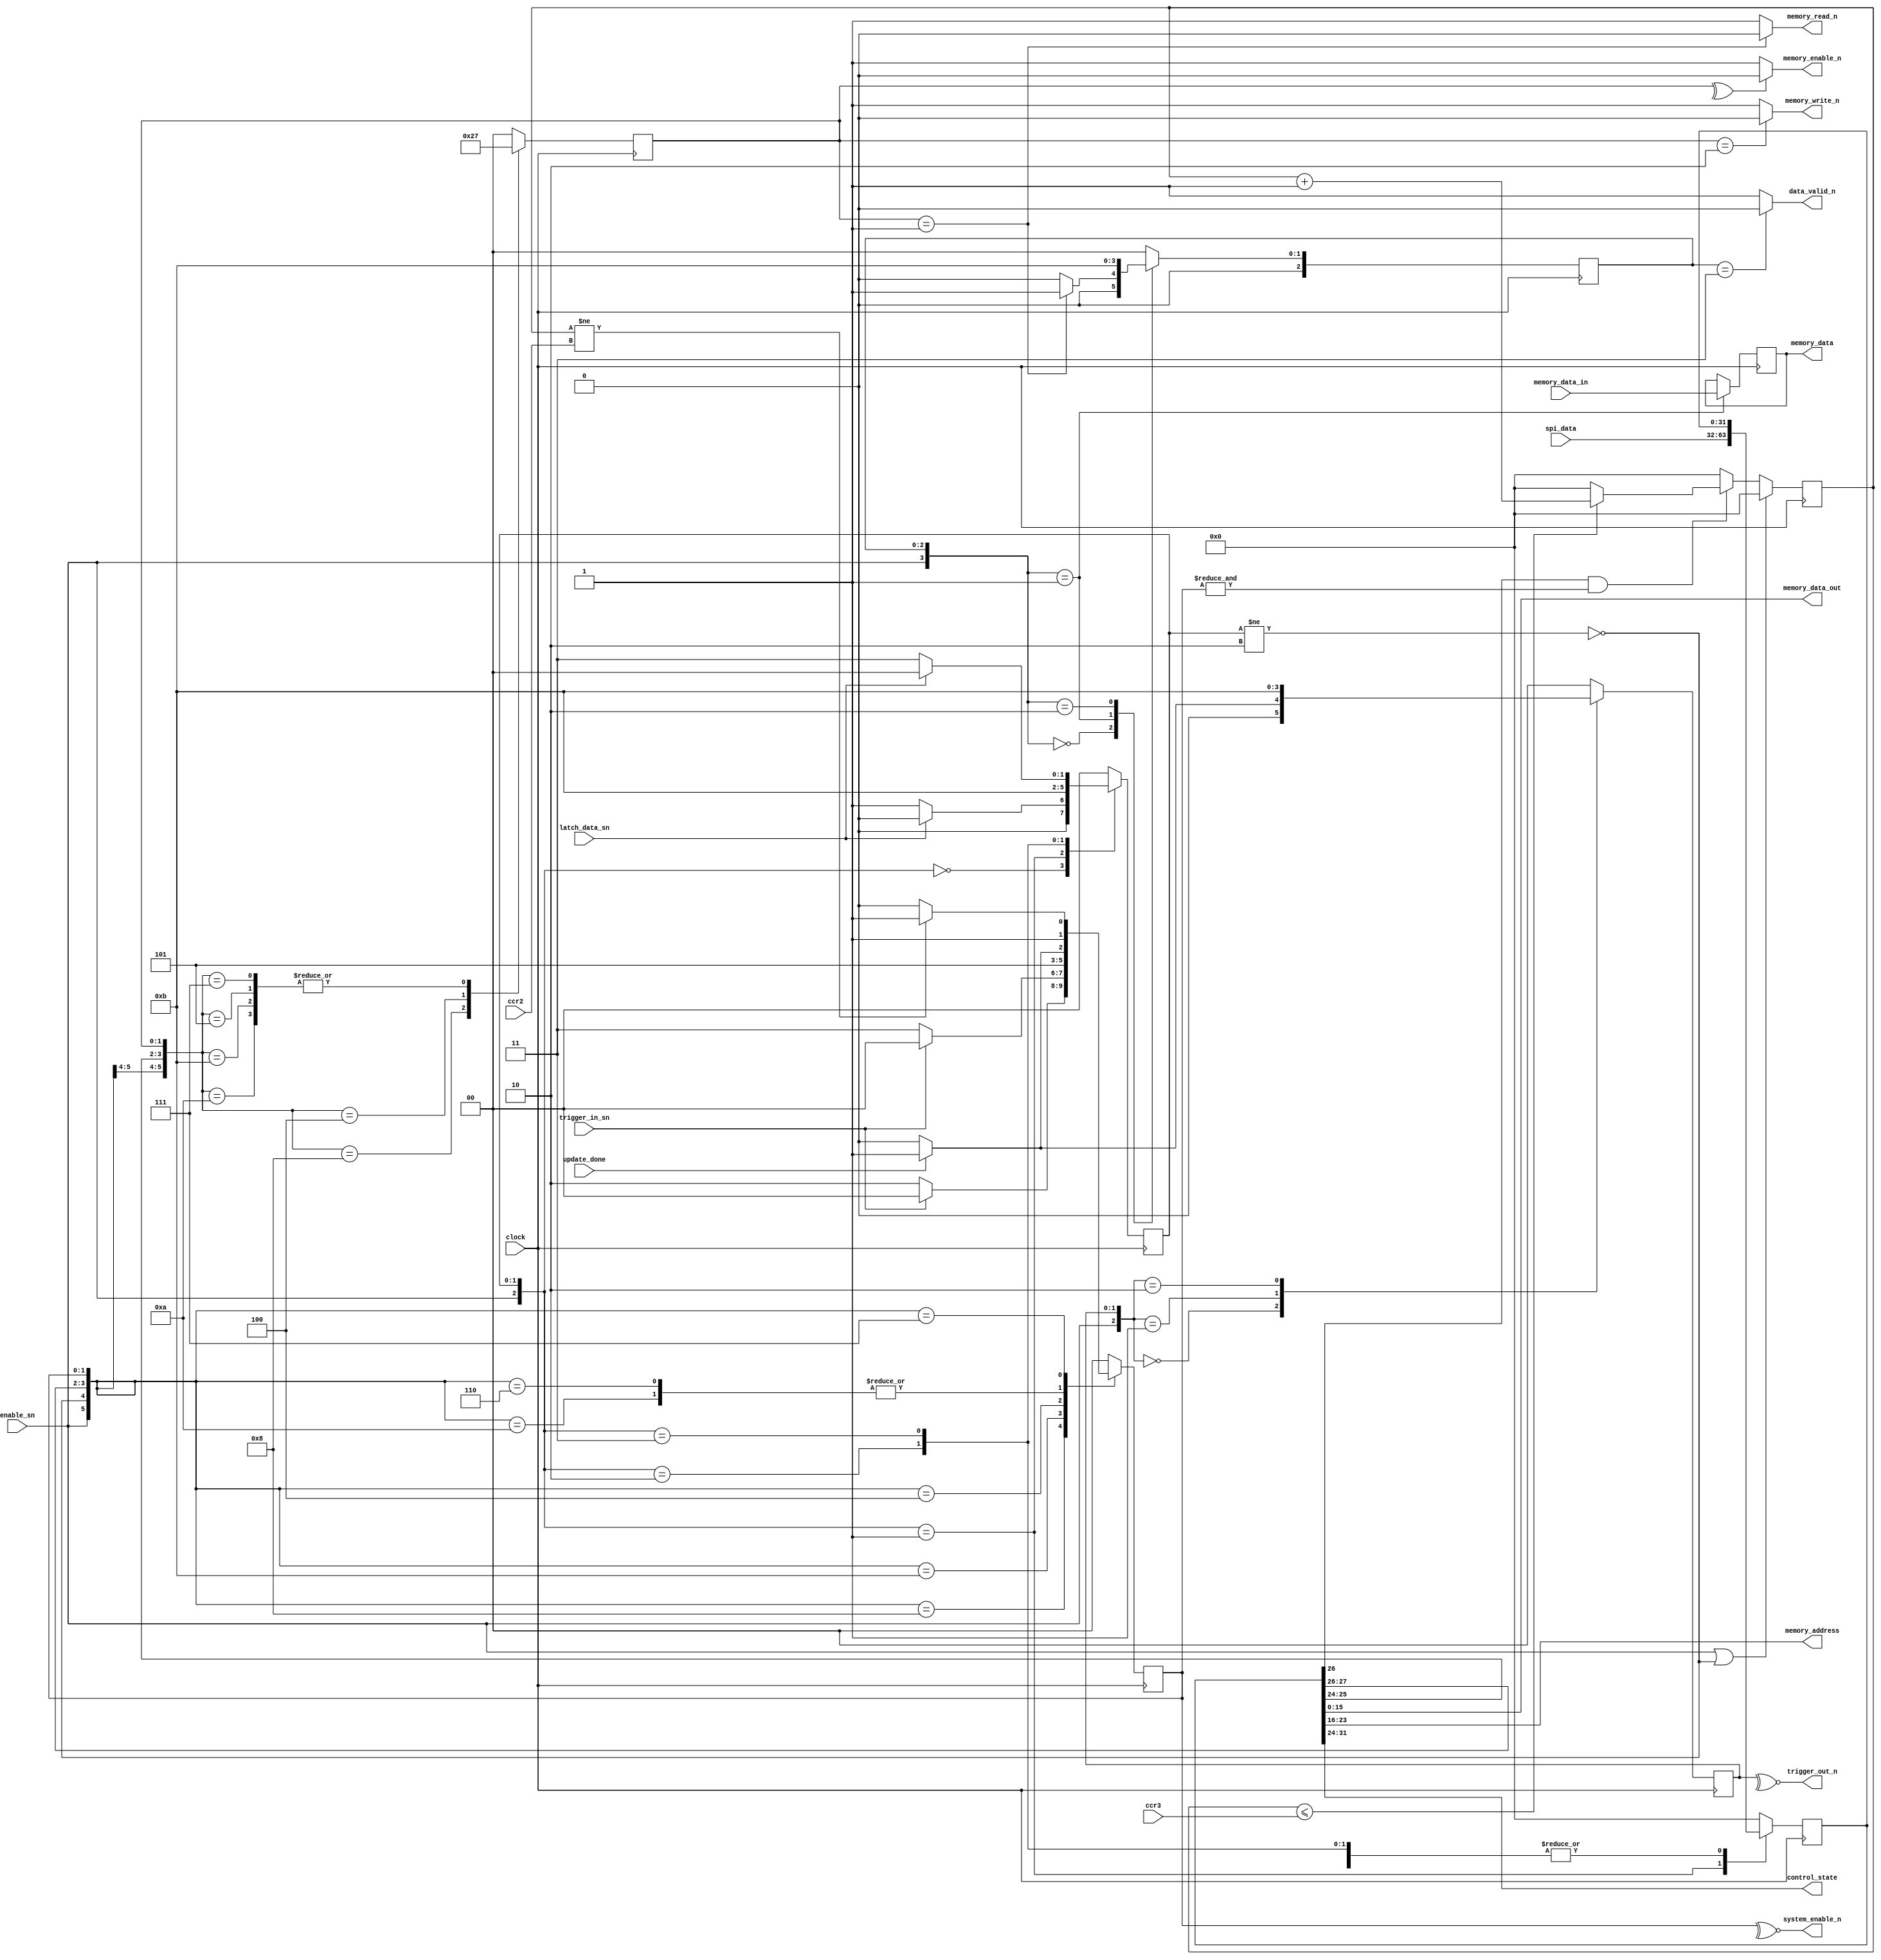
// SPDX-FileCopyrightText: 2020 Efabless Corporation
//
// Licensed under the Apache License, Version 2.0 (the "License");
// you may not use this file except in compliance with the License.
// You may obtain a copy of the License at
//
//      http://www.apache.org/licenses/LICENSE-2.0
//
// Unless required by applicable law or agreed to in writing, software
// distributed under the License is distributed on an "AS IS" BASIS,
// WITHOUT WARRANTIES OR CONDITIONS OF ANY KIND, either express or implied.
// See the License for the specific language governing permissions and
// limitations under the License.
// SPDX-License-Identifier: Apache-2.0

`default_nettype none
/*
 *-------------------------------------------------------------
 *
 * system_controller
 *
 *
 *-------------------------------------------------------------
 */
module system_controller
(
`ifdef USE_POWER_PINS
    inout vccd1,	// User area 1 1.8V supply
    inout vssd1,	// User area 1 digital ground
`endif
  input  wire         clock,
  input  wire         enable_sn,
  input  wire         update_done,
  input  wire  [31:0] spi_data,
  input  wire  [31:0] ccr2,
  input  wire  [31:0] ccr3,
  input  wire  [15:0] memory_data_in,
  output wire [15:0]  memory_data_out,
  output wire [15:0]  memory_data,
  output wire         memory_enable_n,
  output wire         memory_write_n,
  output wire         memory_read_n,
  output wire [7:0]   memory_address,
  output wire         system_enable_n,
  //output wire         data_ready_n,
  output wire         data_valid_n,
  output wire         trigger_out_n,
  input  wire         trigger_in_sn,
  input  wire         latch_data_sn,
  output wire [7:0]   control_state

);
  
  reg [1:0] mem_state;
  reg [1:0] system_state;
  reg [1:0] trigger_out_state;
  reg [1:0] latch_data_state;
  wire refresh_n;
  reg [31:0] refresh_count;
  reg [2:0] mem_read_state;
  reg [15:0] memory_data_reg;
  reg [31:0] system_data;
  wire system_control_n;

  

  always@(posedge clock)
  begin
    case({enable_sn,latch_data_state})
      3'b0_00: latch_data_state <= latch_data_sn ? 2'b00 :  2'b01;
      3'b0_01: latch_data_state <= 2'b10;
      3'b0_10: latch_data_state <= 2'b11;
      3'b0_11: latch_data_state <= latch_data_sn ? 2'b00 : 2'b11;
      default latch_data_state <= 2'b00;
    endcase
  end

  assign system_control_n = latch_data_state != 2'b10;

  always@(posedge clock)
  begin
    case({enable_sn,latch_data_state})
      3'b0_00: system_data <= system_data;
      3'b0_01: system_data <= spi_data;
      3'b0_10: system_data <= system_data;
      3'b0_11: system_data <= system_data;
      default: system_data <= 32'b0;
    endcase
  end

  assign control_state = system_data[31:24];
  assign memory_address = system_data[23:16];
  assign memory_data_out = system_data[15:0];


  always@(posedge clock)
  begin
    case({enable_sn,~system_control_n,control_state[1:0],mem_state})
      6'b00_10_00: mem_state <= 2'b10;
      6'b00_10_10: mem_state <= 2'b11;
      6'b00_10_11: mem_state <= 2'b11;

      6'b00_01_00: mem_state <= 2'b01;
      6'b00_01_01: mem_state <= 2'b11;
      6'b00_01_11: mem_state <= 2'b11;
      default:    mem_state <= 2'b00;
    endcase
  end

  assign memory_enable_n = (^mem_state)  ? 1'b0 : 1'b1;
  assign memory_write_n = mem_state == 2'b10 ? 1'b0 : 1'b1;
  assign memory_read_n = mem_state == 2'b01 ? 1'b0 : 1'b1;
  

  always@(posedge clock)
  begin
    case({enable_sn,mem_read_state})
      5'b0_000: mem_read_state <= memory_read_n ? 3'b000 : 3'b001;
      5'b0_001: mem_read_state <= 3'b010;
      5'b0_010: mem_read_state <= 3'b011;
      5'b0_011: mem_read_state <= 3'b000;
      //5'b0_100: mem_read_state <= 3'b000;
      default : mem_read_state <= 3'b000;
    endcase
  end

  assign data_valid_n = (mem_read_state == 3'b011) ? 1'b0 : 1'b1;

  always@(posedge clock)
  begin
    case({enable_sn,mem_read_state})
      4'b0_001: memory_data_reg <= memory_data_in;
      default: memory_data_reg <= memory_data_reg;
    endcase
  end


  assign memory_data  = memory_data_reg;
  //assign data_ready_n = mem_read_state[1] ? 1'b0 : 1'b1;


  always@(posedge clock)
  begin
    case({enable_sn,~system_control_n,control_state[3:2],system_state})
      6'b00_10_00: system_state <= trigger_in_sn ? 2'b00 : 2'b10;
      6'b00_10_10: system_state <= update_done ? 2'b11 : 2'b10;
      6'b00_10_11: system_state <= trigger_in_sn  ? 2'b00 : 2'b11;

      6'b00_01_00: system_state <= 2'b10;
      6'b00_01_10: system_state <= update_done ? 2'b11 : 2'b10;
      6'b00_01_11: system_state <= refresh_n   ? 2'b11 : 2'b10;
      default:    system_state <= 2'b00;
    endcase
  end

  assign system_enable_n = ~^system_state;
  
  always@(posedge clock)
  begin
    case({enable_sn,trigger_out_state})
      3'b0_00: trigger_out_state <= update_done ? 2'b01 : 2'b00;
      3'b0_01: trigger_out_state <= 2'b10;
      3'b0_10: trigger_out_state <= 2'b11;
      default: trigger_out_state <= 2'b00;
    endcase
  end
  
  assign trigger_out_n = ~^trigger_out_state;
  



  always@(posedge clock)
  begin
    if(enable_sn | ~system_control_n)
    begin
      refresh_count <= 32'b0;
    end
    else
    begin
      if((control_state[2]) & (&system_state))
      begin
        if(refresh_count <= ccr3) 
        begin
          refresh_count <= refresh_count+1'b1;
        end
        else
        begin
          refresh_count <= 32'b0;
        end
      end
      else
      begin
        refresh_count <= 32'b0;
      end
    end
  end

  assign refresh_n = (refresh_count != ccr2);



endmodule